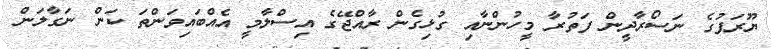
ޔޫރަޕުގެ ނަސޯރާދީން ފަތުރާ މީހުންނާއި ގުޅިގެން ރާއްޖޭގެ އިސްލާމީ އެއްބައިވަންތަ ކަން ނަގާލަން